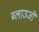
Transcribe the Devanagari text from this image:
ब्लाउजों